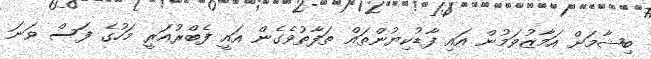
ބިޝާމަށް އަމާޒުވަމުން އައި ފާޑުކިޔުންތައް ތަފާތުވެގެން އައީ ފެބްރުއަރީ މަހުގެ ފަސް ވަނަ